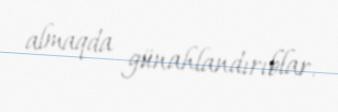
almaqda günahlandırıblar.